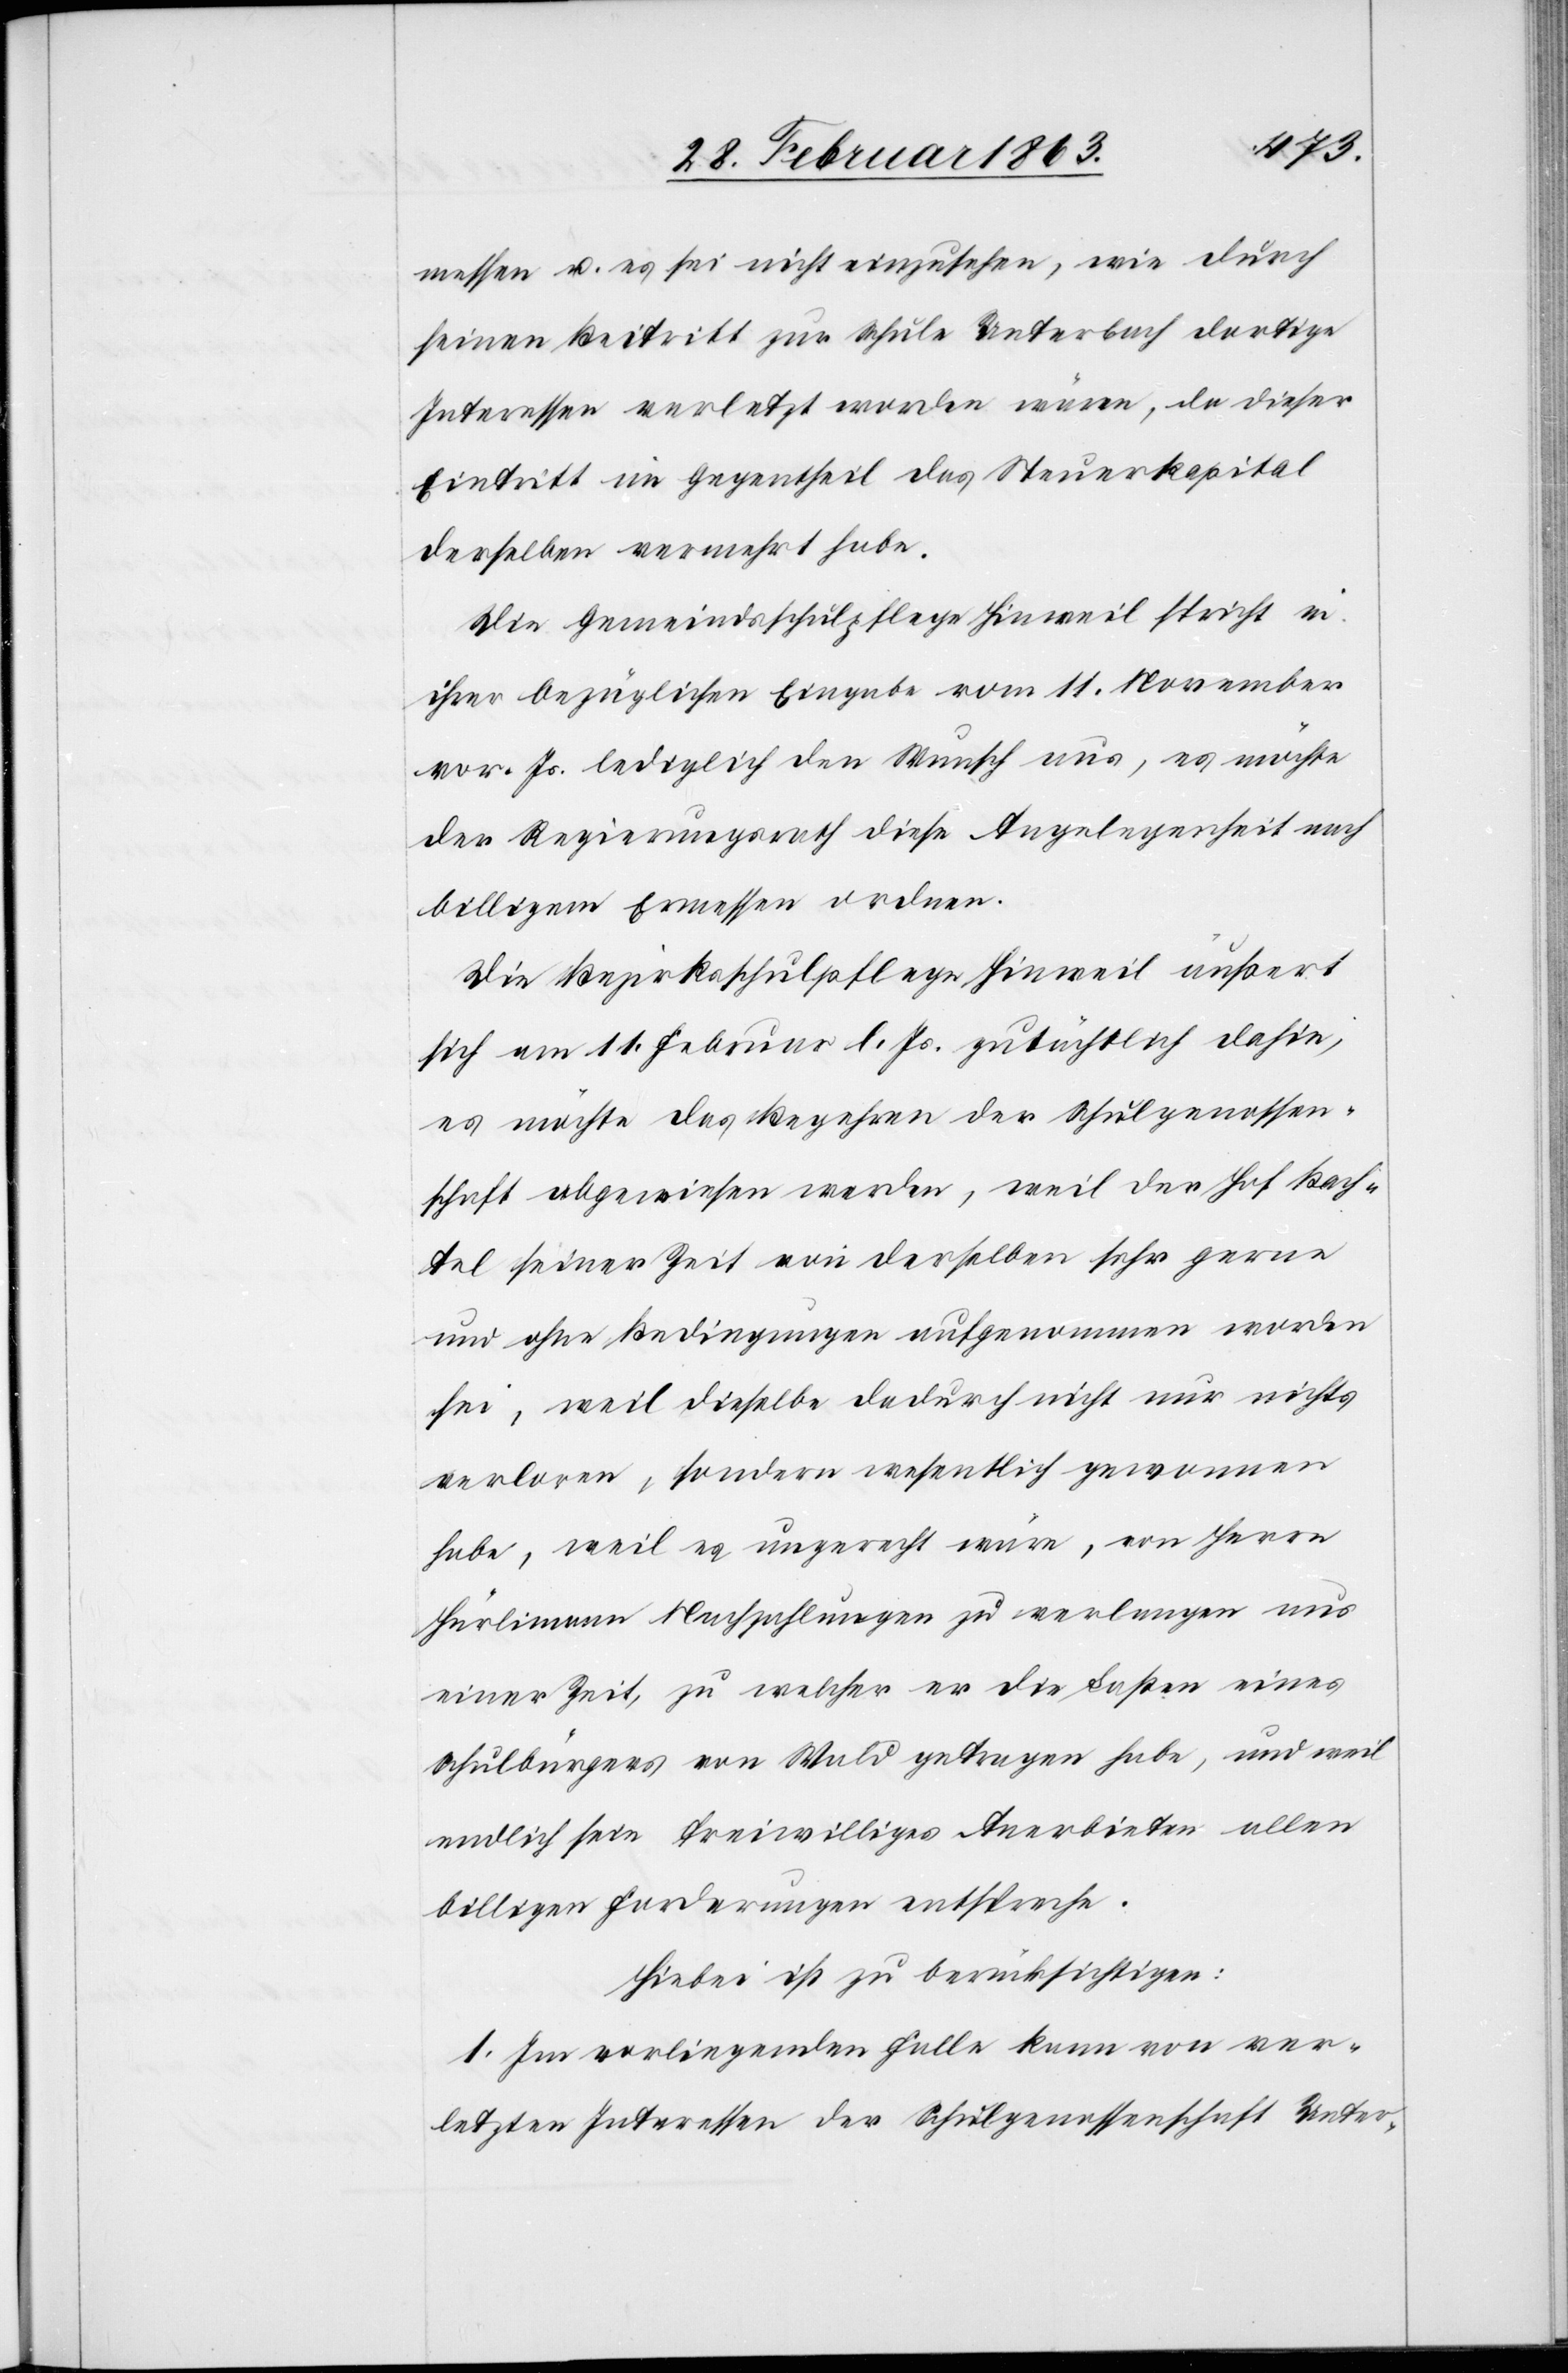
messen u. es sei nicht einzusehen, wie durch
seinen Beitritt zur Schule Unterbach dortige
Interessen verletzt worden wären, da dieser
Eintritt im Gegentheil das Steuerkapital
derselben vermehrt habe.
Die Gemeindsschulpflege Hinweil spricht in
ihrer bezüglichen Eingabe vom 11. November
vor. Js. lediglich den Wunsch aus, es möchte
der Regierungsrath diese Angelegenheit nach
billigem Ermessen ordnen.
Die Bezirksschulpflege Hinweil äußert
sich am 11. Februar l. Js. gutächtlich dahin,
es möchte das Begehren der Schulgenossen¬
schaft abgewiesen werden, weil der Hof Bach¬
tel seiner Zeit von derselben sehr gerne
und ohne Bedingungen aufgenommen worden
sei, weil dieselbe dadurch nicht nur nichts
verloren, sondern wesentlich gewonnen
habe, weil es ungerecht wäre, von Herrn
Hürlimann Nachzahlungen zu verlangen aus
einer Zeit, zu welcher er die Lasten eines
Schulbürgers von Wald getragen habe, und weil
endlich sein freiwilliges Anerbieten allen
billigen Forderungen entspreche.
Hiebei ist zu berücksichtigen:
1. Im vorliegenden Falle kann von ver¬
letzten Interessen der Schulgenossenschaft Unter-